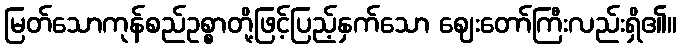
မြတ်သောကုန်စည်ဥစ္စာတို့ဖြင့်ပြည့်နှက်သော ဈေးတော်ကြီးလည်းရှိ၏။